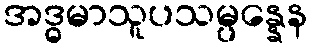
အဒ္ဓမာသူပသမ္ပန္နေန